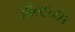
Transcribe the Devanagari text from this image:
ऑल्टच्या